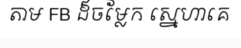
តាម FB ដ៏ចម្លែក ស្នេហាគេ